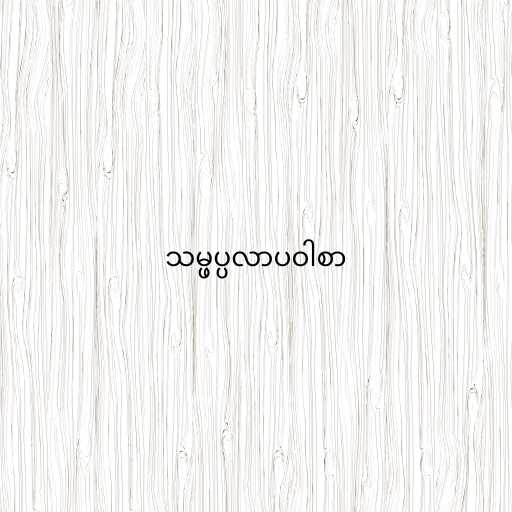
သမ္ဖပ္ပလာပဝါစာ